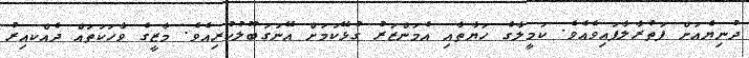
ދުނިޔެއަށް ފަތުރާލާފައިވެއެވެ. ކަމީލާގެ ހަޔާތާއި އެމަންޒަރު ގުޅޭކަމަށް އޭނަގަބޫލުކުރިއެވެ. މާޒީގެ ވާހަކަތައް ދެއްކއިރު